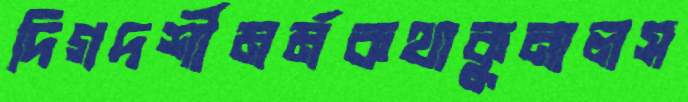
দিগদর্শীমর্মকথাকুনালস